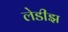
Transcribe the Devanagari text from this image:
लेडीझ